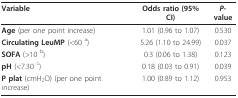
<table><thead><tr><td><b>Variable</b></td><td><b>Odds ratio (95% CI)</b></td><td><b><i>P</i>-value</b></td></tr></thead><tbody><tr><td><b>Age </b>(per one point increase)</td><td>1.01 (0.96 to 1.07)</td><td>0.530</td></tr><tr><td><b>Circulating LeuMP </b>(&lt;60 <sup>a</sup>)</td><td>5.26 (1.10 to 24.99)</td><td>0.037</td></tr><tr><td><b>SOFA </b>(&gt;10 <sup>b</sup>)</td><td>0.3 (0.06 to 1.38)</td><td>0.123</td></tr><tr><td><b>pH </b>(&lt;7.30 <sup>c</sup>)</td><td>0.18 (0.03 to 0.91)</td><td>0.039</td></tr><tr><td><b>P plat </b>(cmH<sub>2</sub>O) (per one point increase)</td><td>1.00 (0.89 to 1.12)</td><td>0.953</td></tr></tbody></table>